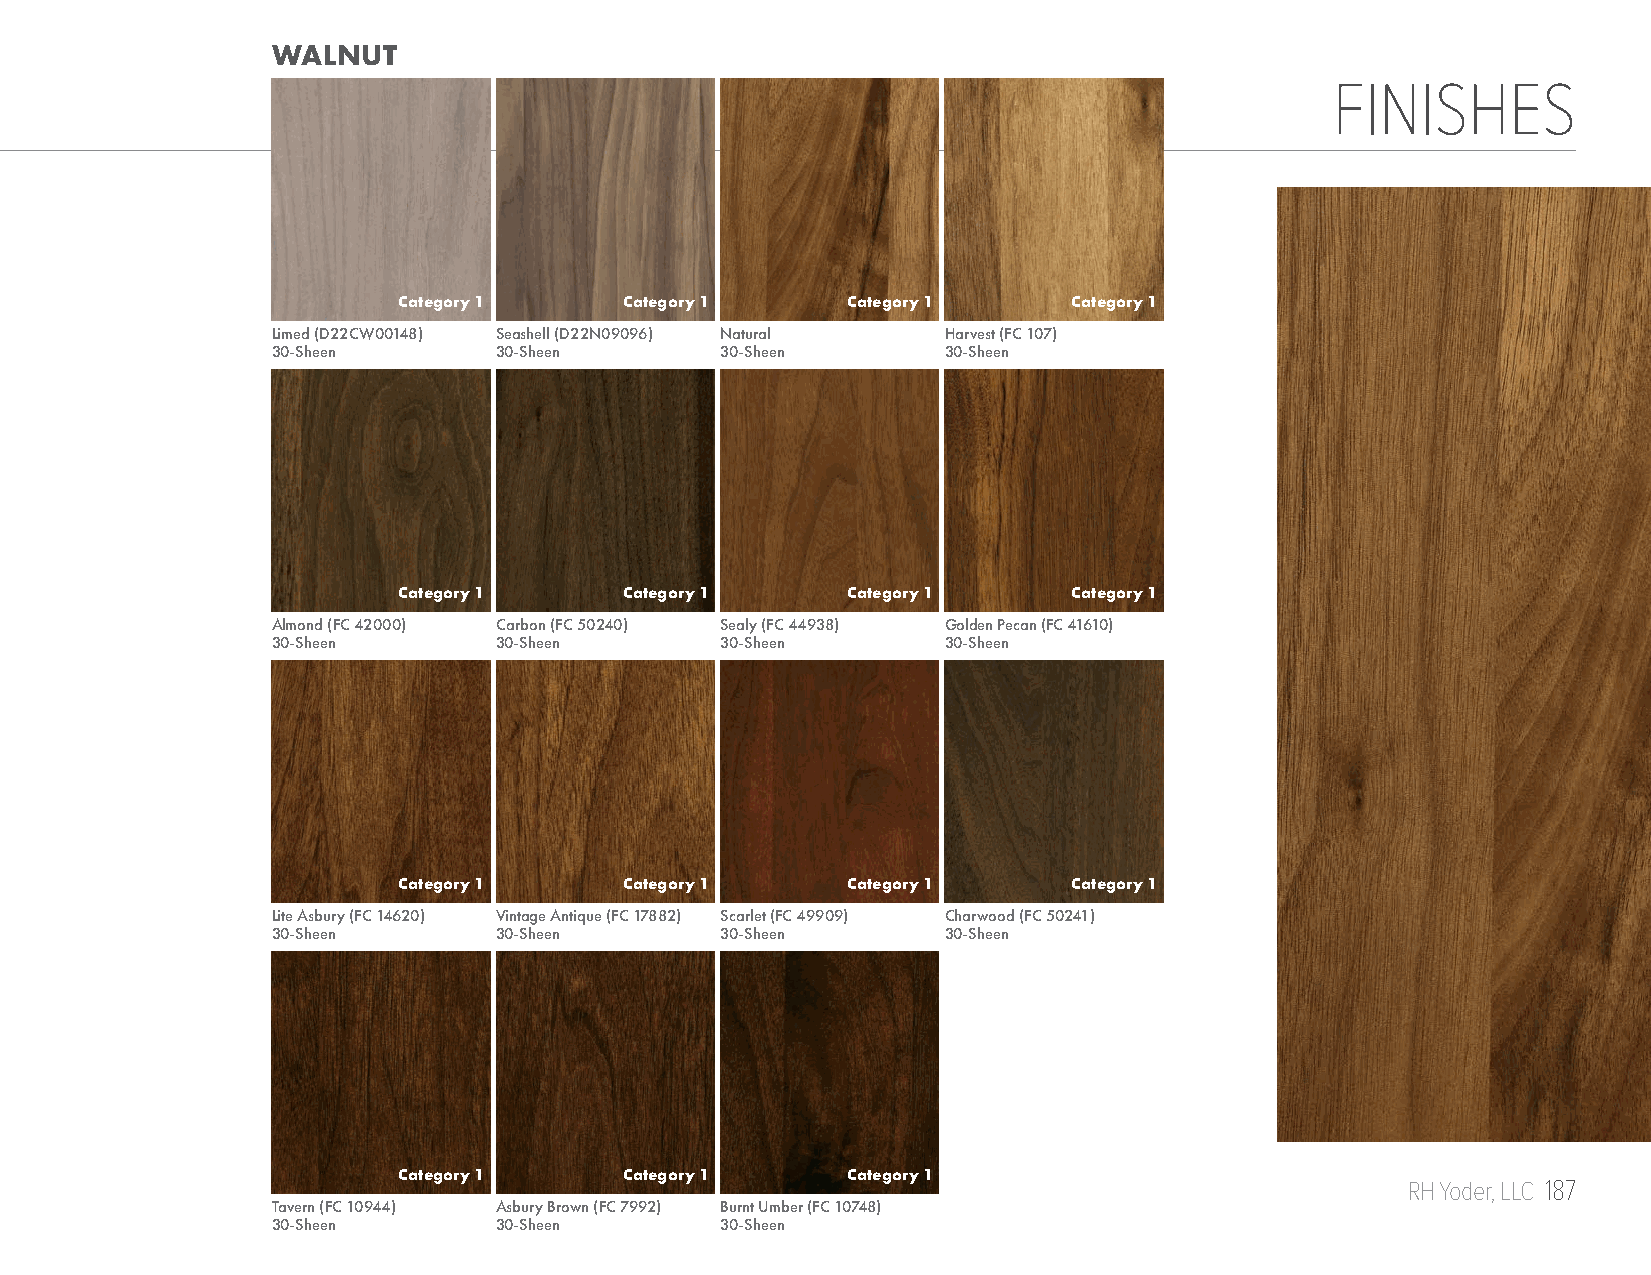
WALNUT
 FINISHES
 Category 1     Category 1     Category 1     Category 1
 Limed (D22CW00148) Seashell (D22N09096) Natural Harvest (FC 107)
 30-Sheen       30-Sheen       30-Sheen       30-Sheen
 Category 1     Category 1     Category 1     Category 1
 Almond (FC 42000) Carbon (FC 50240) Sealy (FC 44938) Golden Pecan (FC 41610)
 30-Sheen       30-Sheen       30-Sheen       30-Sheen
 Category 1     Category 1     Category 1     Category 1
 Lite Asbury (FC 14620) Vintage Antique (FC 17882) Scarlet (FC 49909) Charwood (FC 50241)
 30-Sheen       30-Sheen       30-Sheen       30-Sheen
 Category 1     Category 1     Category 1
 RH Yoder, LLC 187
 Tavern (FC 10944) Asbury Brown (FC 7992) Burnt Umber (FC 10748)
 30-Sheen       30-Sheen       30-Sheen